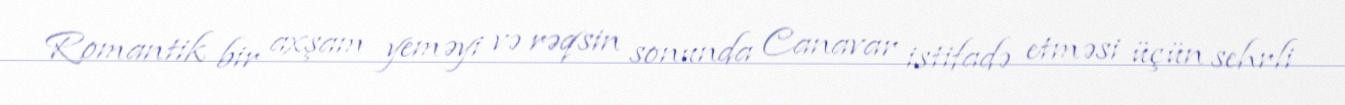
Romantik bir axşam yeməyi və rəqsin sonunda Canavar istifadə etməsi üçün sehrli